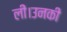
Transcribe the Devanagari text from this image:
लीं।उनकी